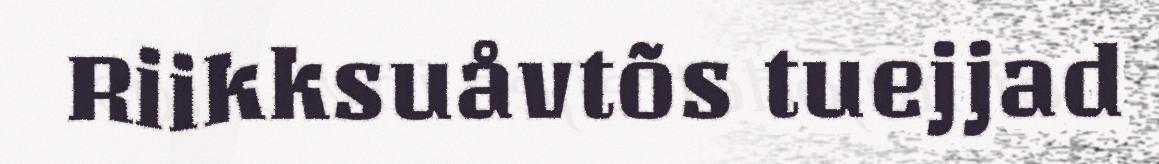
Riikksuåvtõs tuejjad